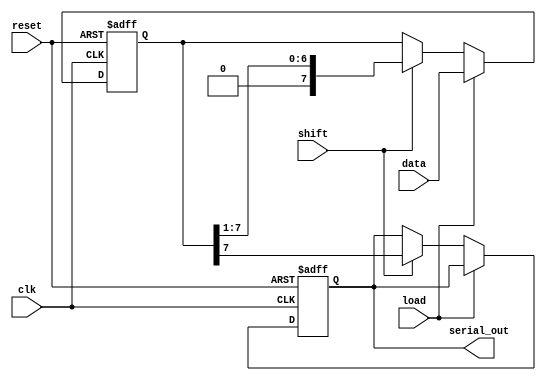
module PISO_Register (
    input wire clk,          // Clock signal
    input wire reset,        // Reset signal
    input wire load,         // Load signal
    input wire shift,        // Shift signal
    input wire [n-1:0] data, // Parallel input data
    output reg serial_out     // Serial output
);
    parameter n = 8; // Width of the data input (number of flip-flops)

    reg [n-1:0] shift_reg; // Shift register to hold the data

    always @(posedge clk or posedge reset) begin
        if (reset) begin
            shift_reg <= 0; // Clear the register on reset
            serial_out <= 0; // Clear the serial output
        end else if (load) begin
            shift_reg <= data; // Load data into the shift register
        end else if (shift) begin
            serial_out <= shift_reg[n-1]; // Output the MSB
            shift_reg <= {1'b0, shift_reg[n-1:1]}; // Shift right
        end
    end
endmodule